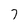
Character: 7